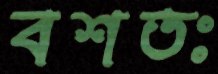
বশতঃ